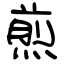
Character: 煎